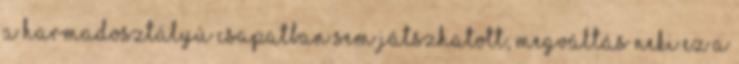
a harmadosztályú csapatban sem játszhatott, megváltás neki ez a